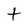
Character: f